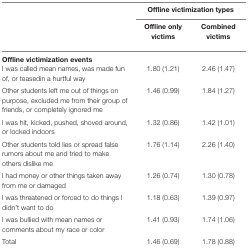
| <ROWSPAN=2>  | <COLSPAN=2> Offline victimization types |
 | Offline only victims | Combined victims |
 | --- | --- | --- |
 | <COLSPAN=3> Offline victimization events |
 | I was called mean names, was made fun of, or teasedin a hurtful way | 1.80 (1.21) | 2.46 (1.47) |
 | Other students left me out of things on purpose, excluded me from their group of friends, or completely ignored me | 1.46 (0.99) | 1.84 (1.27) |
 | I was hit, kicked, pushed, shoved around, or locked indoors | 1.32 (0.86) | 1.42 (1.01) |
 | Other students told lies or spread false rumors about me and tried to make others dislike me | 1.76 (1.14) | 2.26 (1.40) |
 | I had money or other things taken away from me or damaged | 1.26 (0.74) | 1.30 (0.78) |
 | I was threatened or forced to do things I didn’t want to do | 1.18 (0.63) | 1.39 (0.97) |
 | I was bullied with mean names or comments about my race or color | 1.41 (0.93) | 1.74 (1.06) |
 | Total | 1.46 (0.69) | 1.78 (0.88) |